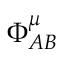
\Phi _ { A B } ^ { \mu }